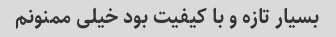
بسیار تازه و با کیفیت بود خیلی ممنونم